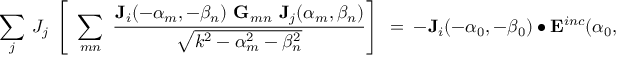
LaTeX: ~ \sum _ { j } ~ J _ { j } ~ \left[ ~ \sum _ { m n } ~ { \frac { \mathbf { J } _ { i } ( - \alpha _ { m } , - \beta _ { n } ) ~ \mathbf { G } _ { m n } ~ \mathbf { J } _ { j } ( \alpha _ { m } , \beta _ { n } ) } { \sqrt { k ^ { 2 } - \alpha _ { m } ^ { 2 } - \beta _ { n } ^ { 2 } } } } \right] ~ = ~ - \mathbf { J } _ { i } ( - \alpha _ { 0 } , - \beta _ { 0 } ) ~ \bullet ~ \mathbf { E } ^ { i n c } ( \alpha _ { 0 } , \beta _ { 0 } ) ~ ~ ~ ~ ~ ~ ~ ~ ~ ~ ~ ~ ~ ( 4 . 2 )